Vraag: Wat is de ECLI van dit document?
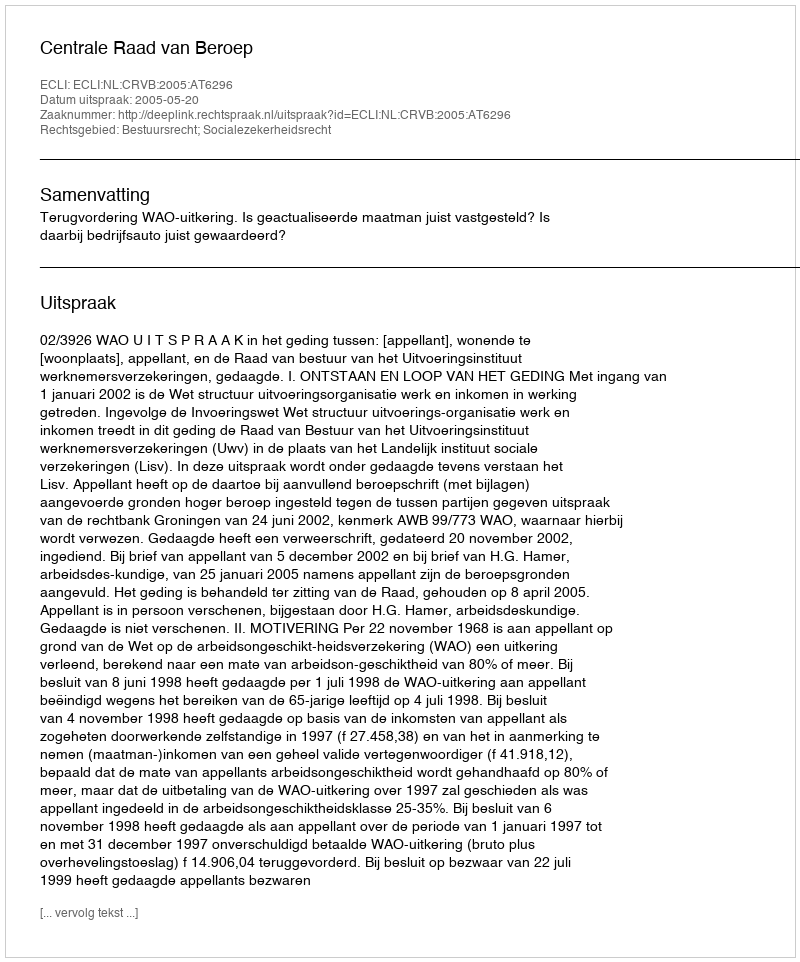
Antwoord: ECLI:NL:CRVB:2005:AT6296